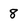
Character: 8